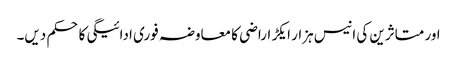
اور متاثرین کی انیس ہزار ایکڑ اراضی کا معاوضہ فوری ادائیگی کاحکم دیں۔